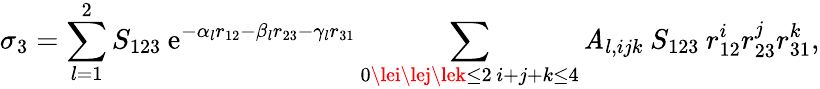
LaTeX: \sigma_{3}=\sum_{l=1}^{2}S_{123}\: \mathrm{e}^{-\alpha_{l}r_{12}-\beta_{l}r_{23}-\gamma_{l}r_{31}}\sum_{\substack{0\lei\lej\lek\le2\, i+j+k\le4}}\mathit{A}_{l,ijk}\: S_{123}\: r_{12}^{i}r_{23}^{j}r_{31}^{k},